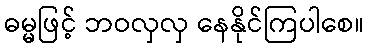
ဓမ္မဖြင့် ဘဝလှလှ နေနိုင်ကြပါစေ။